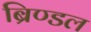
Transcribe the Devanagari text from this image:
ब्रिण्डल